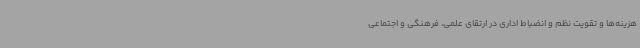
هزینه‌ها و تقویت نظم و انضباط اداری در ارتقای علمی، فرهنگی و اجتماعی